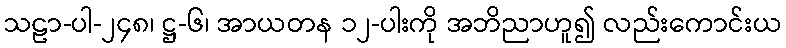
သဠာ-ပါ-၂၄၈၊ ဋ္ဌ-၆၊ အာယတန ၁၂-ပါးကို အဘိညာဟူ၍ လည်းကောင်းယ